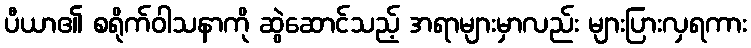
ပီယာ၏ စရိုက်ဝါသနာကို ဆွဲဆောင်သည့် အရာများမှာလည်း များပြားလှရကား